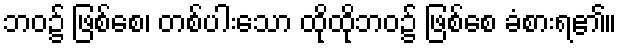
ဘဝ၌ ဖြစ်စေ၊ တစ်ပါးသော ထိုထိုဘဝ၌ ဖြစ်စေ ခံစားရ၏။